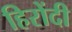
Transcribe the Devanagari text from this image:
हिरोंदी